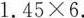
1 . 4 5\times 6$$.